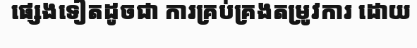
ផ្សេងទៀតដូចជា ការគ្រប់គ្រងតម្រូវការ ដោយ